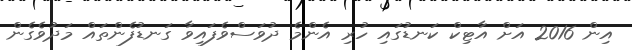
އިން 2016 އަށް އާޓިކް ކަނޑުގައި ހުރި އެންމެ ދުވަސްވެފައިވާ ގަނޑުފެންތައް މަދުވެގެން